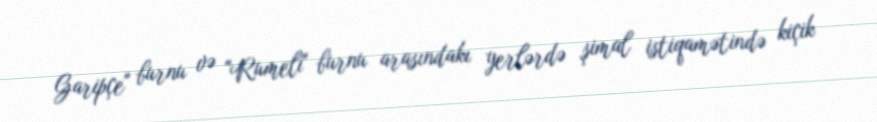
Garipçe" burnu və "Rumeli" burnu arasındakı yerlərdə şimal istiqamətində kiçik